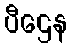
ပီဌေန